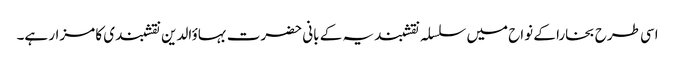
اسی طرح بخارا کے نواح میں سلسلہ نقشبندیہ کے بانی حضرت بہاؤالدین نقشبندی کا مزار ہے۔